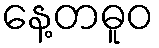
နေ့တဓူဝ